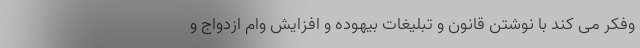
وفکر می کند با نوشتن قانون و تبلیغات بیهوده و افزایش وام ازدواج و